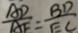
\frac { A D } { A E } = \frac { B D } { E C }